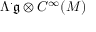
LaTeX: \Lambda ^ { \cdot } { \mathfrak { g } } \otimes C ^ { \infty } ( M )